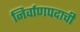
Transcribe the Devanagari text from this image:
निर्वाणपदाची